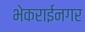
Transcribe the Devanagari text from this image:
भेकराईनगर